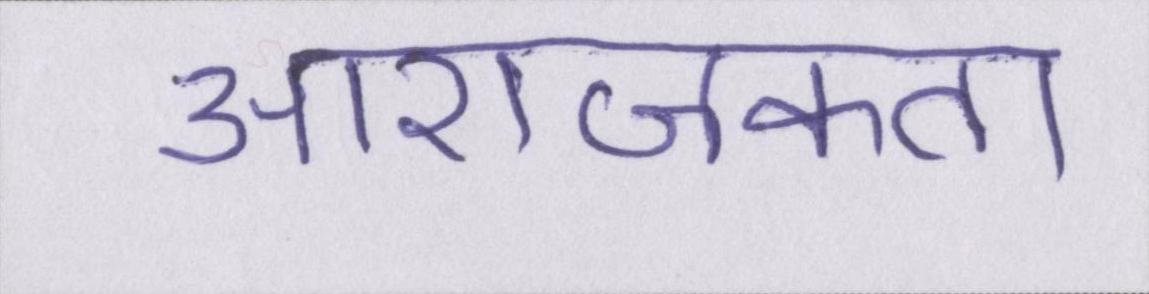
आराजकता